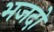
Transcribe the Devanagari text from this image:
भजदो